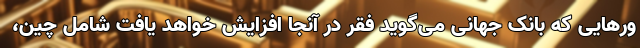
ورهایی که بانک جهانی می‌گوید فقر در آنجا افزایش خواهد یافت شامل چین،